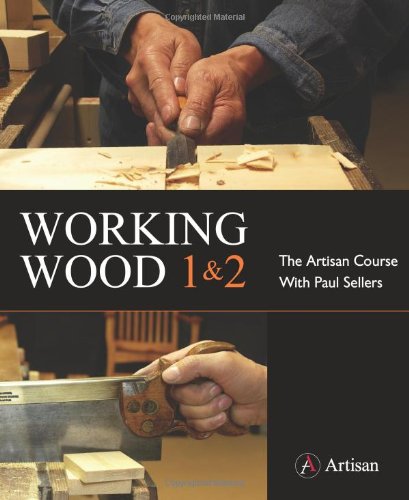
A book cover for Working Wood 1 & 2: the Artisan Course with Paul Sellers; Paul Sellers; Crafts, Hobbies & Home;